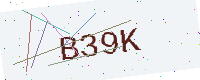
Text: B39K